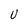
Character: U